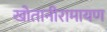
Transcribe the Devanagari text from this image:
खोतानीरामायण